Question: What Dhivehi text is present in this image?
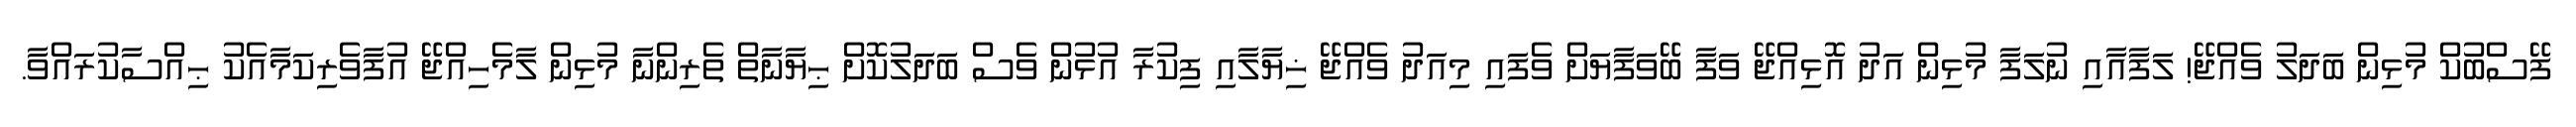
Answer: ފޭސްބުކް މުޅިން ބަދަލު ވެއްޖޭ! ލަފާއާއި ނުލަފާ މުޅިން އަދު އޮޅިއްޖޭ ވަފާ ބޭވަފާޔަށް ވެފައި މިއަދު ވެއްޖޭ ޚިޔާލާއި ފިކުރާ އުޅުން ވެސް ބަދަލުކޮށް ޙިޔާނާތް ތެރިންނާ މުޅިން ލާމެހިއްޖޭ އުފާވެރިކަމާއެކު ޙިއްސާކުރައްވާ.